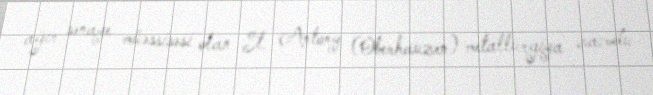
ağır sənaye müəssisəsi olan St. Antony (Oberhauzen) metallurgiya zavodu